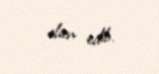
elan edib.